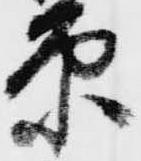
原